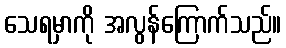
သေရမှာကို အလွန်ကြောက်သည်။